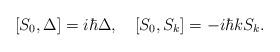
LaTeX: \begin{align*}[S_0,\Delta]=i\hbar\Delta,\quad [S_0,S_k]=-i\hbar kS_k.\end{align*}